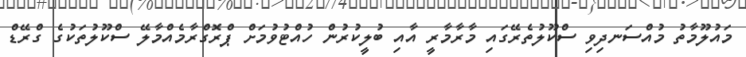
މައުލޫމާތު މުއްސަނދިވި ސްކޫލުތެރޭގައި މާރާމާރީ އާއި ބުލީކުރުން ހުއްޓުވުމަށް ޕްރޮގްރާމެއްމާލޭ ސްކޫލުތަކުގެ ގްރޭޑް